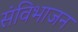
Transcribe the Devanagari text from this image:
संविभाजन